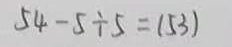
5 4 - 5 \div 5 = ( 5 3 )